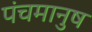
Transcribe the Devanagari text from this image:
पंचमानुष